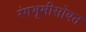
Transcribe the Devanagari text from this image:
रंगभूमीसोबत